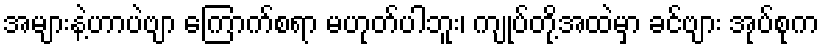
အများနဲ့ဟာပဲဗျာ ကြောက်စရာ မဟုတ်ပါဘူး၊ ကျုပ်တို့အထဲမှာ ခင်ဗျား အုပ်စုက